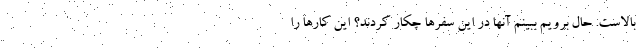
بالاست. حال برویم ببینم آنها در این سفرها چکار کردند؟ این کارها را